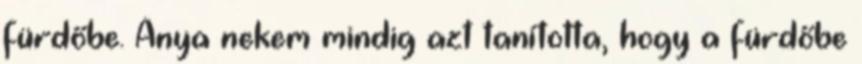
fürdőbe. Anya nekem mindig azt tanította, hogy a fürdőbe